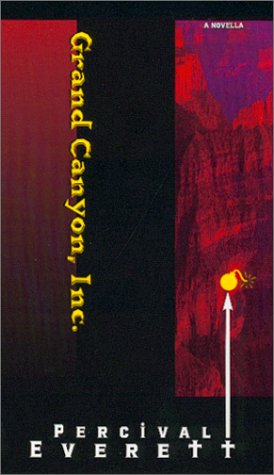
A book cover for Grand Canyon, Inc.; Percival Everett; Humor & Entertainment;